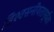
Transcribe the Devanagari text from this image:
विश्वसनीयतापूर्वक